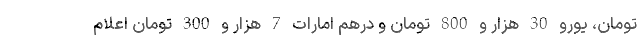
تومان، یورو 30 هزار و 800 تومان و درهم امارات 7 هزار و 300 تومان اعلام